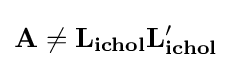
\mathbf {A} \neq \mathbf {L_{ichol}} \mathbf {L_{ichol}'}